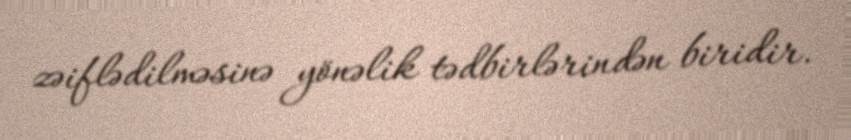
zəiflədilməsinə yönəlik tədbirlərindən biridir.